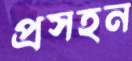
প্রসহন